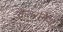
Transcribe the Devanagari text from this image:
कतरनिया